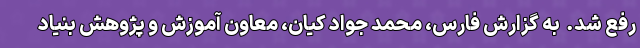
رفع شد.  به گزارش فارس، محمد جواد کیان، معاون آموزش و پژوهش بنیاد